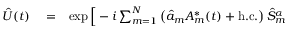
\begin{array} { r l r } { \hat { U } ( t ) } & { { } = } & { \exp \Big [ - i \sum _ { m = 1 } ^ { N } \left( \hat { a } _ { m } A _ { m } ^ { * } ( t ) + \mathrm { h . c . } \right) \hat { S } _ { m } ^ { \alpha } } \end{array}